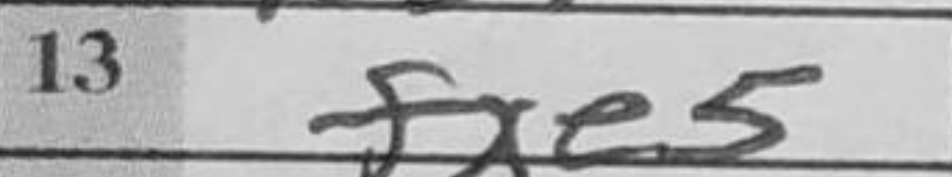
Transcription: fxe5